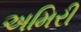
અમિરી